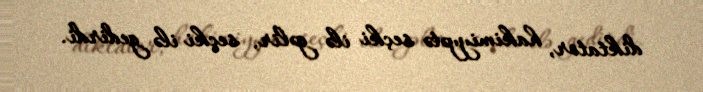
diktator, hakimiyyətə seçki ilə gəlir, seçki ilə gedirdi.